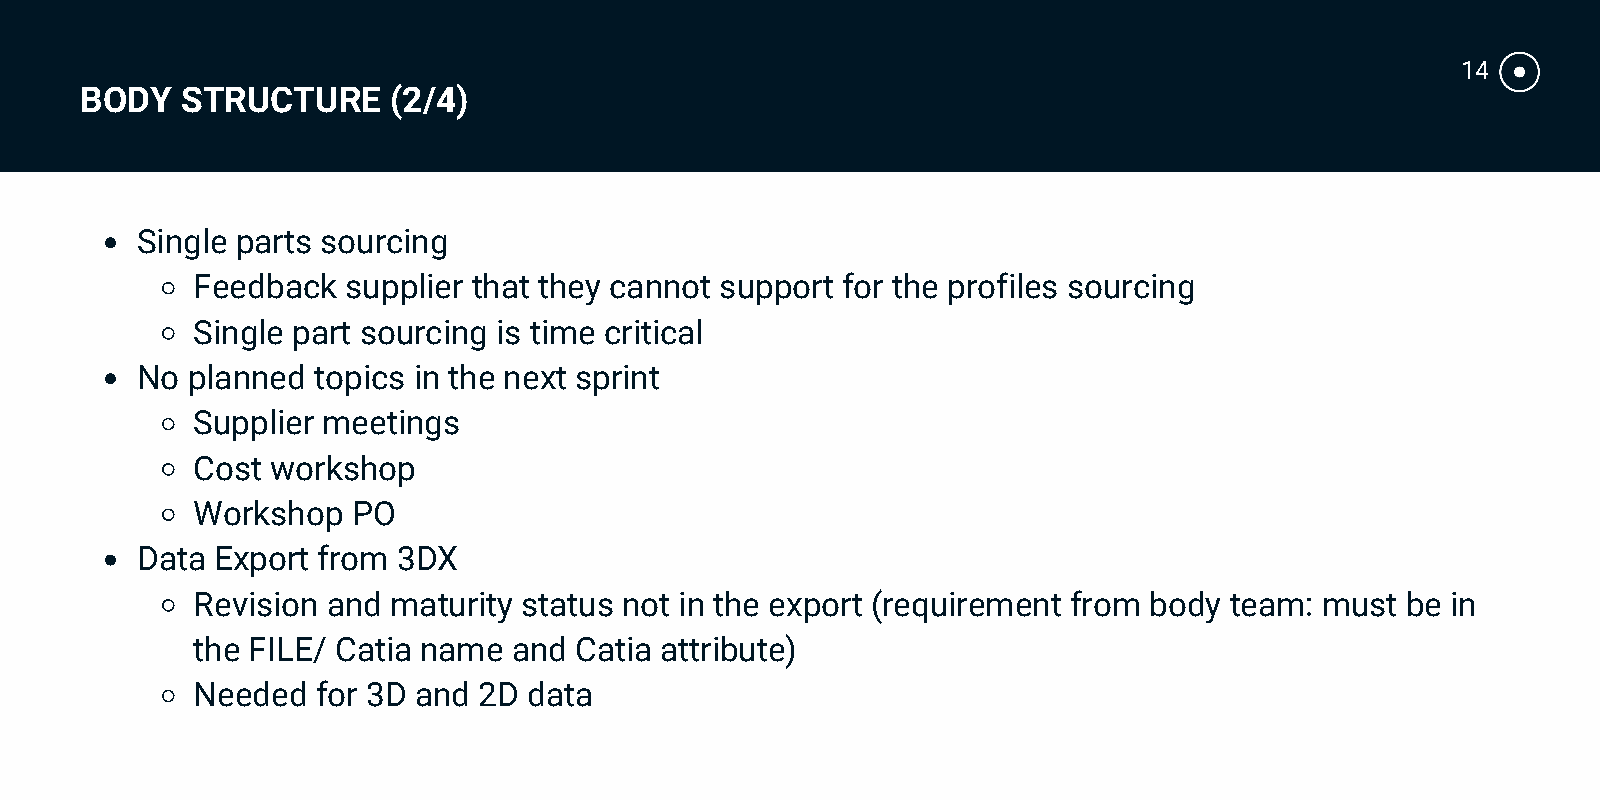
14
 BODY   STRUCTURE     (2/4)
 Single parts sourcing
 Feedback  supplier that they cannot support for the profiles sourcing
 Single part sourcing is time critical
 No planned  topics in the next sprint
 Supplier meetings
 Cost workshop
 Workshop  PO
 Data Export from 3DX
 Revision and maturity status not in the export (requirement from body team: must be in
 the FILE/ Catia name and Catia attribute)
 Needed  for 3D and 2D data